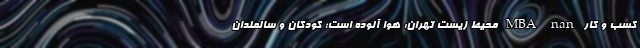
کسب و کار MBA nan محیط زیست تهران: هوا آلوده است؛ کودکان و سالمندان